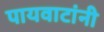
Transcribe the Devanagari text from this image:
पायवाटांनी